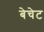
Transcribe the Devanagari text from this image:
बेचेट